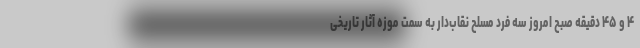
۴ و ۴۵ دقیقه صبح امروز سه فرد مسلح نقاب‌دار به سمت موزه آثار تاریخی